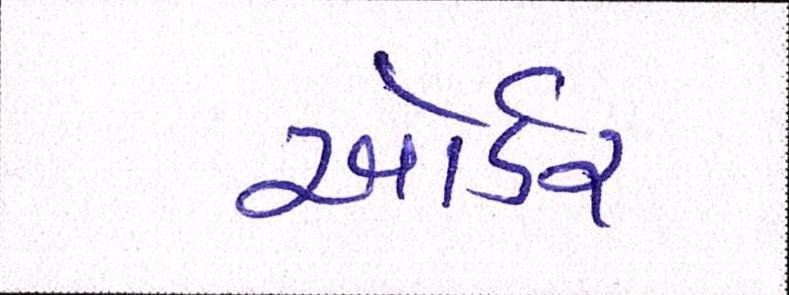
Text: ઓર્ડર